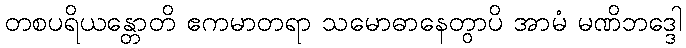
တစပရိယန္တောတိ ဧကမာတရာ သမောဓာနေတွာပိ အာမံ မဏိဘဒ္ဒေါ